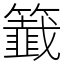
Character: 籖